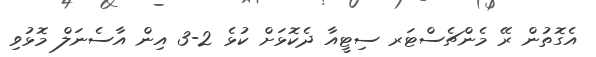
އެގޮތުން ރޭ މެންޗެސްޓަރ ސިޓީއާ ދެކޮޅަށް ކުޅެ 2-3 އިން އާސެނަލް މޮޅުވި